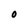
Character: 0